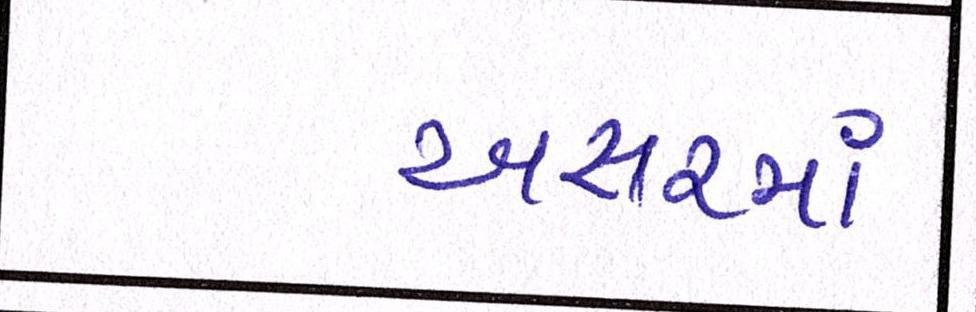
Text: અસરમાં